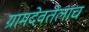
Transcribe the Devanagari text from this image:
ग्रामदेवतेलाच